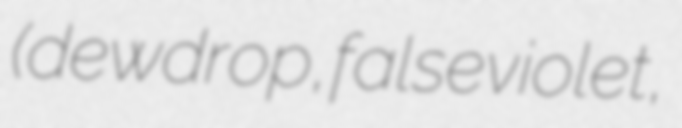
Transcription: (dewdrop, false violet,